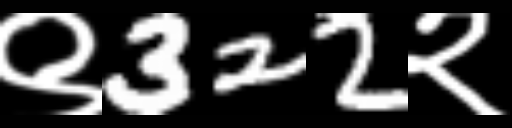
Text: ९322२